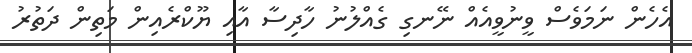
އެހެން ނަމަވެސް ވީނުވީއެއް ނޭނގި ގެއްލުނު ހާދިސާ އާއި ޔޫކްރެއިން މަތިން ދަތުރު